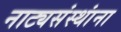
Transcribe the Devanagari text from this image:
नाट्यसंस्थांना